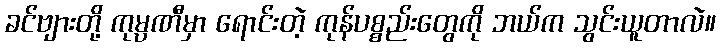
ခင်ဗျားတို့ ကုမ္ပဏီမှာ ရောင်းတဲ့ ကုန်ပစ္စည်းတွေကို ဘယ်က သွင်းယူတာလဲ။